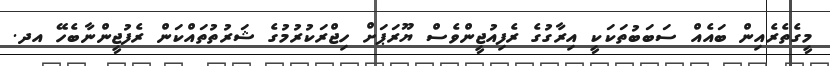
މީގެތެރެއިން ބައެއް ސަބަބުތަކަކީ އިރާގުގެ ރެފިއުޖީންވެސް ޔޫރަޕަށް ހިޖްރަކުރުމުގެ ޝަރުތުތައްކަން ރެފުޖީންނާބެހޭ އދ.